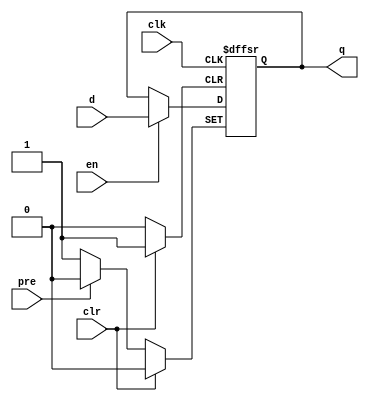
module my_dffsre_pnp (
    input d,
    clk,
    pre,
    clr,
    en,
    output reg q
);
  initial q <= 1'b0;
  always @(posedge clk or negedge pre or posedge clr)
    if (!pre) q <= 1'b1;
    else if (clr) q <= 1'b0;
    else if (en) q <= d;
endmodule